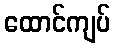
ထောင်ကျပ်